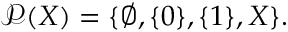
{ \mathcal { P } } ( X ) = \{ \emptyset , \{ 0 \} , \{ 1 \} , X \} .